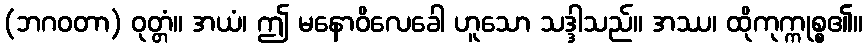
(ဘဂဝတာ) ဝုတ္တံ။ အယံ၊ ဤ မနောဝိလေခေါ ဟူသော သဒ္ဒါသည်။ အဿ၊ ထိုကုက္ကုစ္စ၏။